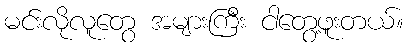
မင်းလိုလူတွေ အများကြီး ငါတွေ့ဖူးတယ်။